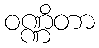
ဝဏ္ဏိတာ